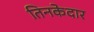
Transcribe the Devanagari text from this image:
तिनकेदार